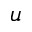
{ u }